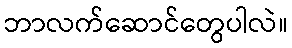
ဘာလက်ဆောင်တွေပါလဲ။